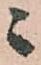
々